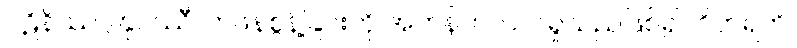
ပဋိနိဿဂ္ဂါနုပဿီ၊ တဖနစွန့်ခြင်းကို အဘန်တလဲလဲရှုသည်ဖြစ်၍။ ဝိဟရတိ၊